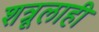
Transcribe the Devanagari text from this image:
शत्रूलाही